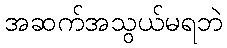
အဆက်အသွယ်မရဘဲ